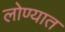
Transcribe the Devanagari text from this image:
लोण्यात